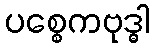
ပစ္စေကဗုဒ္ဓါ